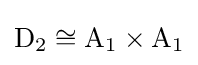
\mathrm {D} _{2}\cong \mathrm {A} _{1}\times \mathrm {A} _{1}